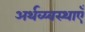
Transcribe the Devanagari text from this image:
अर्थव्य्वस्थाएँ